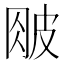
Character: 𰤤